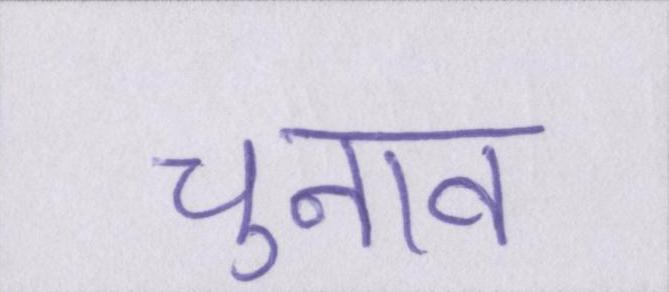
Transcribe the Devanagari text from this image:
चुनाव